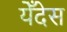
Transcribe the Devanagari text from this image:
येँदेस